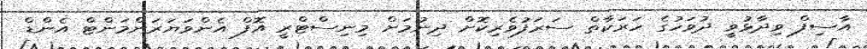
އާސިފް ވިދާޅުވީ ދުވަހުގެ ހަރަކާތް ސަރަފުވެރިކޮށް ދިނުމަށް މިނިސްޓްރީ އޮފް އެންވަޔަރަންމަންޓް އެންޑް